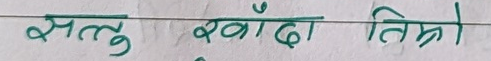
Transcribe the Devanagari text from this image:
सत्तु खाँदा तिम्रो